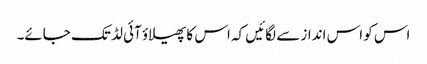
اس کو اس انداز سے لگائیں کہ اس کا پھیلاؤ آئی لڈ تک جائے۔